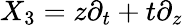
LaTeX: X_{3}=z\partial_{t}+t\partial_{z}\,